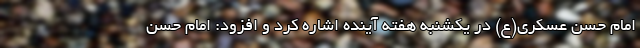
امام حسن عسکری(ع) در یکشنبه هفته آینده اشاره کرد و افزود: امام حسن